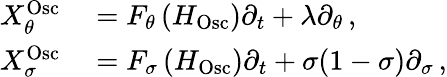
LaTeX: \begin{array}{rl}{X_{\theta}^{\mathrm{Osc}}}&{{}=F_{\theta}\left(H_{\mathrm{Osc}}\right)\partial_{t}+\lambda\partial_{\theta}\, ,}\\ {X_{\sigma}^{\mathrm{Osc}}}&{{}=F_{\sigma}\left(H_{\mathrm{Osc}}\right)\partial_{t}+\sigma(1-\sigma)\partial_{\sigma}\, ,}\end{array}